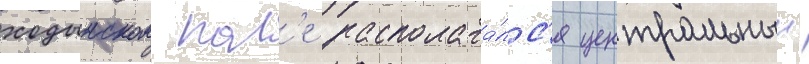
ходынском пол'е располага́лс'я центральныи